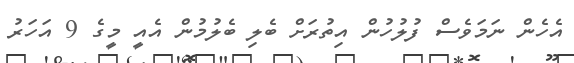
އެހެން ނަމަވެސް ފުލުހުން އިތުރަށް ބެލި ބެލުމުން އެއީ މީގެ 9 އަހަރު